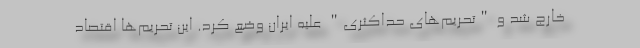
خارج شد و "تحریم‌های حداکثری" علیه ایران وضع کرد. این تحریم‌ها اقتصاد